Lunatic asylums in Bengal annual reports 1912-1924 - 1912-1924
Year: 1912
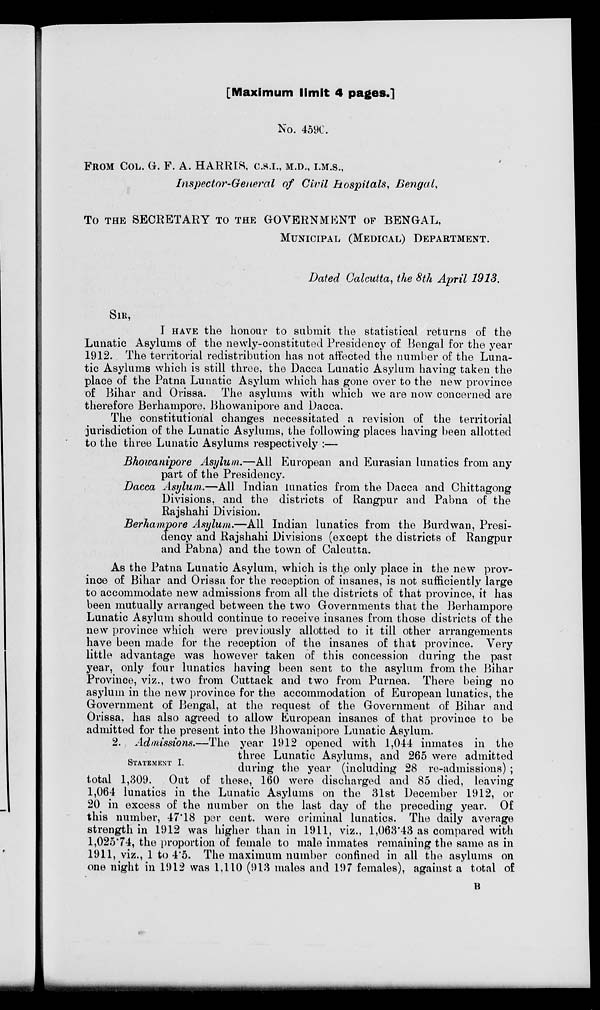
[Maximum limit 4 pages.]
No. 459C.
FROM COL. G. F. A. HARRIS, C.S.I., M.D., I.M.S.,
Inspector-General of Civil Hospitals, Bengal,
To THE SECRETARY TO THE GOVERNMENT OF BENGAL,
MUNICIPAL (MEDICAL) DEPARTMENT.
Dated Calcutta, the 8th April 1913.
SIR,
I HAVE the honour to submit the statistical returns of the
Lunatic Asylums of the newly-constituted Presidency of Bengal for the year
1912. The territorial redistribution has not affected the number of the Luna-
tic Asylums which is still three, the Dacca Lunatic Asylum having taken the
place of the Patna Lunatic Asylum which has gone over to the new province
of Bihar and Orissa. The asylums with which we are now concerned are
therefore Berhampore. Bhowanipore and Dacca.
The constitutional changes necessitated a revision of the territorial
jurisdiction of the Lunatic Asylums, the following places having been allotted
to the three Lunatic Asylums respectively :—
Bhowanipore Asylum.—All European and Eurasian lunatics from any
part of the Presidency.
Dacca Asylum.—All Indian lunatics from the Dacca and Chittagong
Divisions. and the districts of Rangpur and Pabna of the
Rajshahi Division.
Berhampore Asylum.—All Indian lunatics from the Burdwan, Presi-
dency and Rajshahi Divisions (except the districts of Rangpur
and Pabna) and the town of Calcutta.
As the Patna Lunatic Asylum, which is the only place in the new prov-
ince of Bihar and Orissa for the reception of insanes, is not sufficiently large
to accommodate new admissions from all the districts of that province, it has
been mutually arranged between the two Governments that the Berhampore
Lunatic Asylum should continue to receive insanes from those districts of the
new province which were previously allotted to it till other arrangements
have been made for the reception of the insanes of that province. Very
little advantage was however taken of this concession during the past
year, only four lunatics having been sent to the asylum from the Bihar
Province, viz., two from Cuttack and two from Purnea. There being no
asylum in the new province for the accommodation of European lunatics, the
Government of Bengal, at the request of the Government of Bihar and
Orissa, has also agreed to allow European insanes of that province to be
admitted for the present into the Bhowanipore Lunatic Asylum.
STATEMENT I.
2. Admissions.—The year 1912 opened with 1,044 inmates in the
three Lunatic Asylums, and 265 were admitted
during the year (including 28 re-admissions) ;
total 1,309. Out of these, 160 were discharged and 85 died, leaving
1,064 lunatics in the Lunatic Asylums on the 31st December 1912, or
20 in excess of the number on the last day of the preceding year Of
this number, 47.18 per cent. were criminal lunatics. The daily average
strength in 1912 was higher than in 1911, viz., 1,063.43 as compared with
1,025.74, the proportion of female to male inmates remaining the same as in
1911, viz., 1 to 4.5. The maximum number confined in all the asylums on
one night in 1912 was 1,110 (913 males and 197 females), against a total of
B